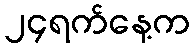
၂၄ရက်နေ့က